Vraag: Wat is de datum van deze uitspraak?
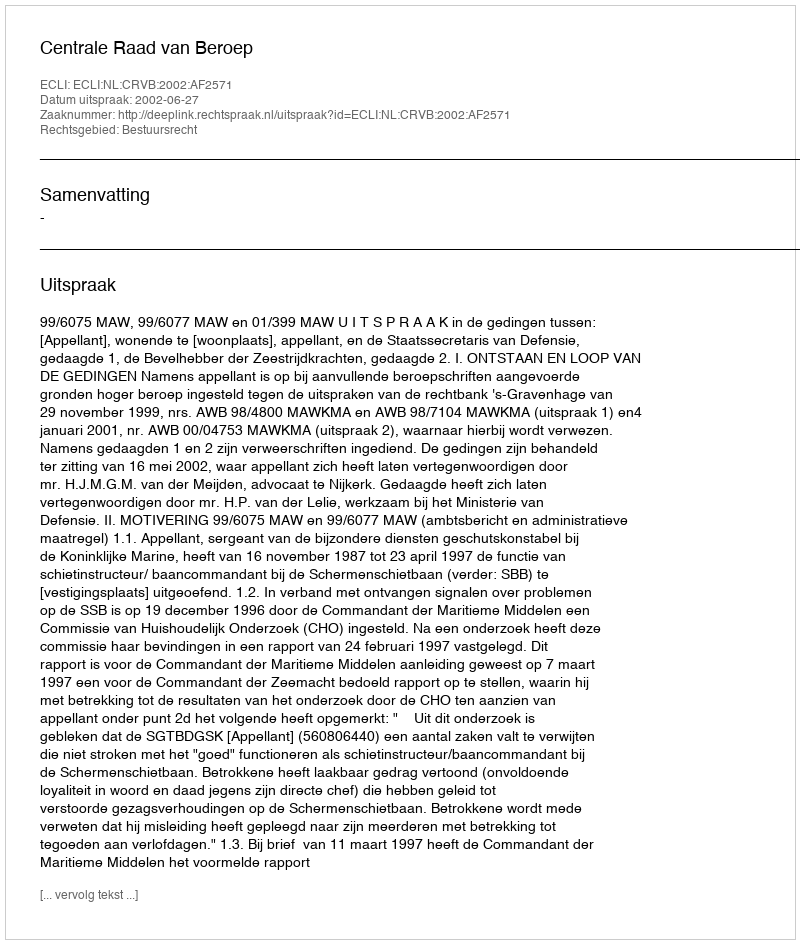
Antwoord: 2002-06-27